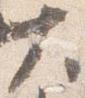
大